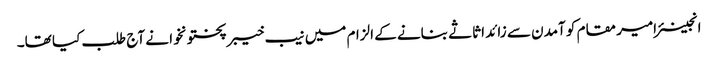
انجینئر امیر مقام کو آمدن سے زائد اثاثے بنانے کے الزام میں نیب خیبرپختونخوا نے آج طلب کیا تھا۔